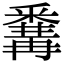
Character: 𨤚